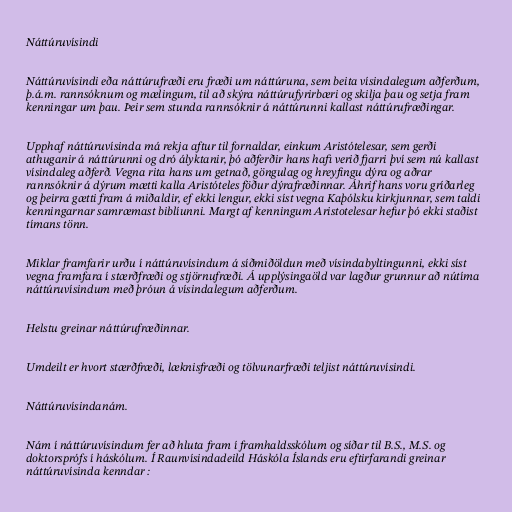
Náttúruvísindi

Náttúruvísindi eða náttúrufræði eru fræði um náttúruna, sem beita vísindalegum aðferðum,
þ.á.m. rannsóknum og mælingum, til að skýra náttúrufyrirbæri og skilja þau og setja fram
kenningar um þau. Þeir sem stunda rannsóknir á náttúrunni kallast náttúrufræðingar.

Upphaf náttúruvísinda má rekja aftur til fornaldar, einkum Aristótelesar, sem gerði
athuganir á náttúrunni og dró ályktanir, þó aðferðir hans hafi verið fjarri því sem nú kallast
vísindaleg aðferð. Vegna rita hans um getnað, göngulag og hreyfingu dýra og aðrar
rannsóknir á dýrum mætti kalla Aristóteles föður dýrafræðinnar. Áhrif hans voru gríðarleg
og þeirra gætti fram á miðaldir, ef ekki lengur, ekki síst vegna Kaþólsku kirkjunnar, sem taldi
kenningarnar samræmast biblíunni. Margt af kenningum Aristotelesar hefur þó ekki staðist
tímans tönn.

Miklar framfarir urðu í náttúruvísindum á síðmiðöldun með vísindabyltingunni, ekki síst
vegna framfara í stærðfræði og stjörnufræði. Á upplýsingaöld var lagður grunnur að nútíma
náttúruvísindum með þróun á vísindalegum aðferðum.

Helstu greinar náttúrufræðinnar.

Umdeilt er hvort stærðfræði, læknisfræði og tölvunarfræði teljist náttúruvísindi.

Náttúruvísindanám.

Nám í náttúruvísindum fer að hluta fram í framhaldsskólum og síðar til B.S., M.S. og
doktorsprófs í háskólum. Í Raunvísindadeild Háskóla Íslands eru eftirfarandi greinar
náttúruvísinda kenndar :